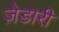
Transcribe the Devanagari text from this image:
ज़ेडारी